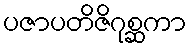
ပဇာပတိဇိဂုစ္ဆကာ